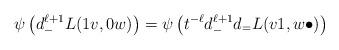
LaTeX: \begin{align*}\psi \left( d_-^{\ell+1} L(1v, 0w) \right) &= \psi \left( t^{-\ell} d_-^{\ell+1} d_= L(v1, w\bullet) \right)\end{align*}